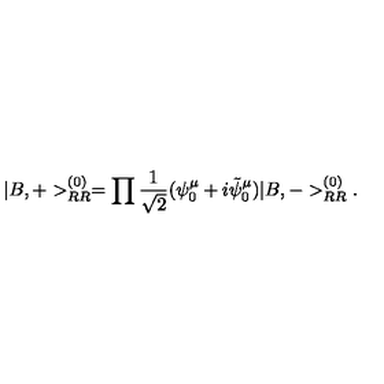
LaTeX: | B , + > _ { R R } ^ { ( 0 ) } = \prod \frac { 1 } { \sqrt { 2 } } ( \psi _ { 0 } ^ { \mu } + i \tilde { \psi } _ { 0 } ^ { \mu } ) | B , - > _ { R R } ^ { ( 0 ) } .